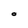
Character: O